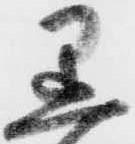
黒